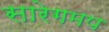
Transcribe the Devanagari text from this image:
सारेगमप